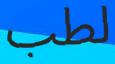
لطب